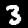
Label: 3